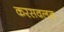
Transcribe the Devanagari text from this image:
करसवलत